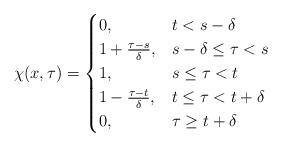
LaTeX: \begin{align*} \chi(x,\tau)=\begin{cases}0,& t<s-\delta\\1+\frac{\tau-s}\delta,&s-\delta\leq\tau<s\\1, & s\leq\tau<t \\ 1-\frac{\tau-t}\delta,&t\leq \tau<t+\delta\\ 0,&\tau\geq t+\delta\end{cases}\end{align*}